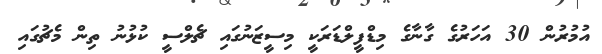
އުމުރުން 30 އަހަރުގެ ގާނާގެ މިޑްފީލްޑަރަކީ މިސީޒަނުގައި ޗެލްސީ ކުޅުނު ތިން މެޗުގައި